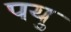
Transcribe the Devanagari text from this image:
पयु